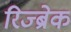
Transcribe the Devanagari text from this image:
रिज्ब्रेक